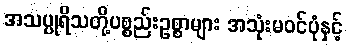
အသပ္ပုရိသတို့ပစ္စည်းဥစ္စာများ အသုံးမဝင်ပုံနှင့်